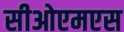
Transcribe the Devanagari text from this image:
सीओएमएस